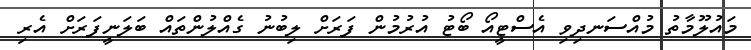
މައުލޫމާތު މުއްސަނދިވި އެސްޓީއޯ ބޯޓު އުރުމުން ފަރަށް ލިބުނު ގެއްލުންތައް ބަލަނީފަރަށް އެރި